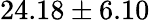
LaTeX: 24.18\pm 6.10